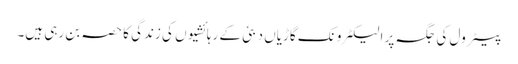
پیٹرول کی جگہ پر الیکٹرونک گاڑیاں دبئی کے رہائشیوں کی زندگی کا حصہ بن رہی ہیں۔